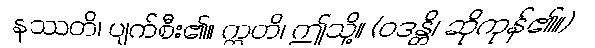
နဿတိ၊ ပျက်စီး၏။ ဣတိ၊ ဤသို့။ (ဝဒန္တိ၊ ဆိုကုန်၏။)